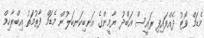
މެޑަމް ވޯޓު ދެއްވައިފި ރައީސް އަބްދު ޔާމީންގެ އަނބިކަނބަލުން މެޑަމް ފާތުމަތު އިބްރާހިމް